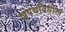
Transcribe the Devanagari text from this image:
शपथविधीला